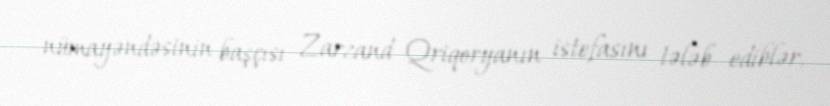
nümayəndəsinin başçısı Zarzand Qriqoryanın istefasını tələb ediblər.